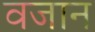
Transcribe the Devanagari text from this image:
वजान